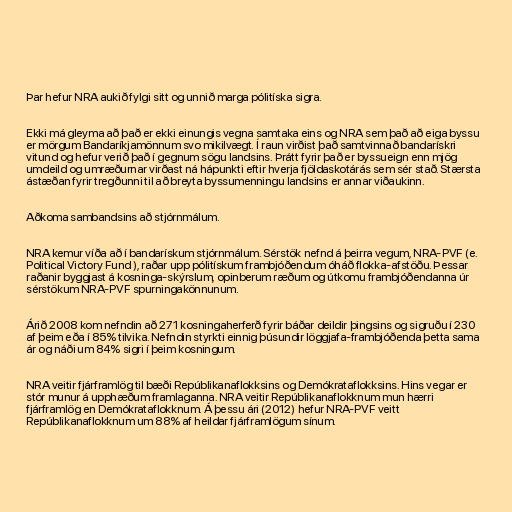
Þar hefur NRA aukið fylgi sitt og unnið marga pólitíska sigra.

Ekki má gleyma að það er ekki einungis vegna samtaka eins og NRA sem það að eiga byssu
er mörgum Bandaríkjamönnum svo mikilvægt. Í raun virðist það samtvinnað bandarískri
vitund og hefur verið það í gegnum sögu landsins. Þrátt fyrir það er byssueign enn mjög
umdeild og umræðurnar virðast ná hápunkti eftir hverja fjöldaskotárás sem sér stað. Stærsta
ástæðan fyrir tregðunni til að breyta byssumenningu landsins er annar viðaukinn.

Aðkoma sambandsins að stjórnmálum.

NRA kemur víða að í bandarískum stjórnmálum. Sérstök nefnd á þeirra vegum, NRA-PVF (e.
Political Victory Fund ), raðar upp pólitískum frambjóðendum óháð flokka-afstöðu. Þessar
raðanir byggjast á kosninga-skýrslum, opinberum ræðum og útkomu frambjóðendanna úr
sérstökum NRA-PVF spurningakönnunum.

Árið 2008 kom nefndin að 271 kosningaherferð fyrir báðar deildir þingsins og sigruðu í 230
af þeim eða í 85% tilvika. Nefndin styrkti einnig þúsundir löggjafa-frambjóðenda þetta sama
ár og náði um 84% sigri í þeim kosningum.

NRA veitir fjárframlög til bæði Repúblikanaflokksins og Demókrataflokksins. Hins vegar er
stór munur á upphæðum framlaganna. NRA veitir Repúblikanaflokknum mun hærri
fjárframlög en Demókrataflokknum. Á þessu ári (2012) hefur NRA-PVF veitt
Repúblikanaflokknum um 88% af heildar fjárframlögum sínum.